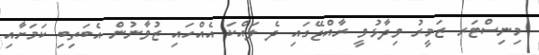
މިނިސްޓަރ ޒަމީރު ވިދާޅުވީ ރާއްޖޭގައި ދެ ލައްކަ އެއްހައި ޒުވާނުން އެބަތިބި ކަމަށާއި